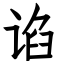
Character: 谄